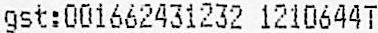
GST:001662431232 1210644T